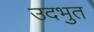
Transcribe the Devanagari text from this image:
उदभुत